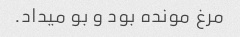
مرغ مونده بود و بو میداد.